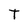
Character: T